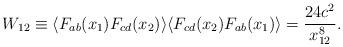
LaTeX: \begin{align*}W_{12} \equiv \langle F_{ab}(x_1) F_{cd}(x_2) \rangle\langle F_{cd}(x_2) F_{ab}(x_1) \rangle =\frac{24 c^2}{x_{12}^8}.\end{align*}